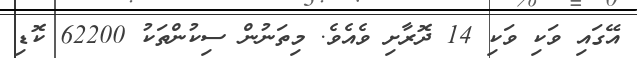
އޭގައި ވަކި ވަކި 14 ދޮރާށި ވެއެވެ. މިތަނުން ސިކުންތަކު 62200 ކޮޑި